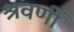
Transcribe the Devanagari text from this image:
श्रवणीं